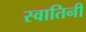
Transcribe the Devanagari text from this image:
स्वातिनी